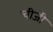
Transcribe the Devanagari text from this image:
चीजी